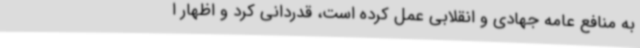
به منافع عامه جهادی و انقلابی عمل کرده است، قدردانی کرد و اظهار ا